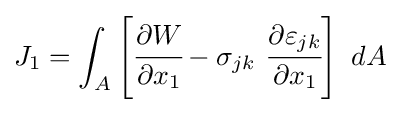
J_{1}=\int _{A}\left[{\cfrac {\partial W}{\partial x_{1}}}-\sigma _{jk}~{\cfrac {\partial \varepsilon _{jk}}{\partial x_{1}}}\right]~dA